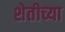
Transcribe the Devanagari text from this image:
शेतीच्‍या